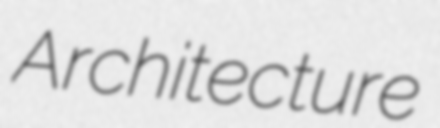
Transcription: Architecture